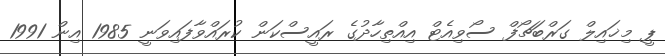
ޕީ މިޚައިލް ގަރްބަޗޯފް ސޯވިއެޓް އިއްތިހާދުގެ ރައީސްކަން ކުރައްވާފައިވަނީ 1985 އިން 1991